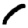
Digit: 1